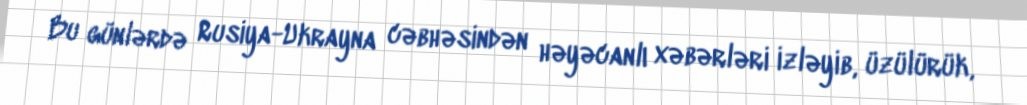
Bu günlərdə Rusiya-Ukrayna cəbhəsindən həyəcanlı xəbərləri izləyib, üzülürük,